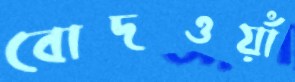
বোদওয়াঁ